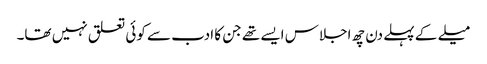
میلے کے پہلے دن چھ اجلاس ایسے تھے جن کا ادب سے کوئی تعلق نہیں تھا۔